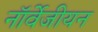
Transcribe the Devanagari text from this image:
नॉर्वेजीयन